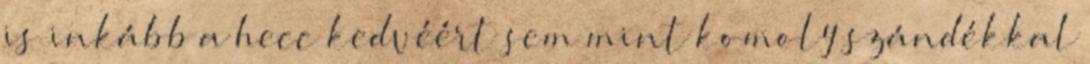
is inkább a hecc kedvéért sem mint komoly szándékkal